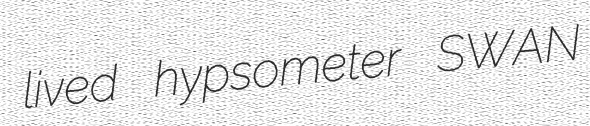
lived hypsometer SWAN